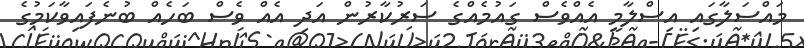
މައްސަލާގައި އިސްލާމީ އެއްވެސް ގައުމެއްގެ ސަރުކާރުން އަދި އެއް ވެސް ބަހެއް ބުނެފައިވާކަމުގެ